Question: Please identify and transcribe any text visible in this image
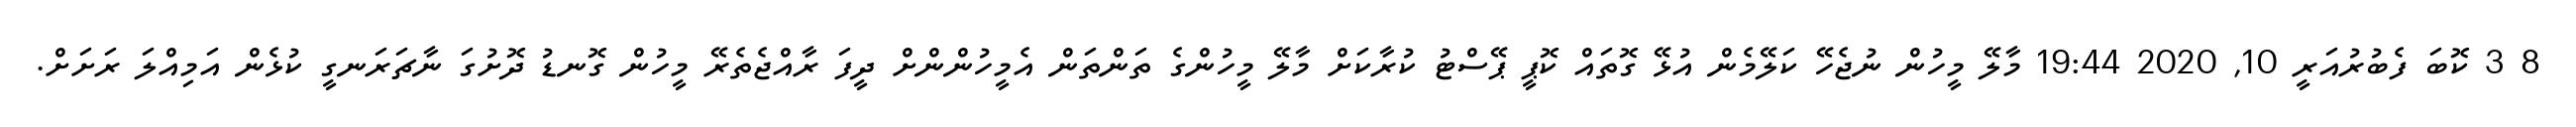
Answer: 8 3 ކޮބަ ފެބުރުއަރީ 10, 2020 19:44 މާލޭ މީހުން ނުޖެހޭ ކަލޭމެން އުޅޭ ގޮތައް ކޮޕީ ޕޭސްޓު ކުރާކަށް މާލޭ މީހުންގެ ތަންތަން އެމީހުންންށް ދީފަ ރާއްޖެތެރޭ މީހުން ގޮނޑު ދޮށުގަ ނާޗަރަނގީ ކުޅެން އަމިއްލަ ރަށަށް.